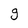
Character: g